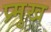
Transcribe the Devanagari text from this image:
प्र्मुख